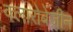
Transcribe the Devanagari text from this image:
क्लारोबेंज़ीन